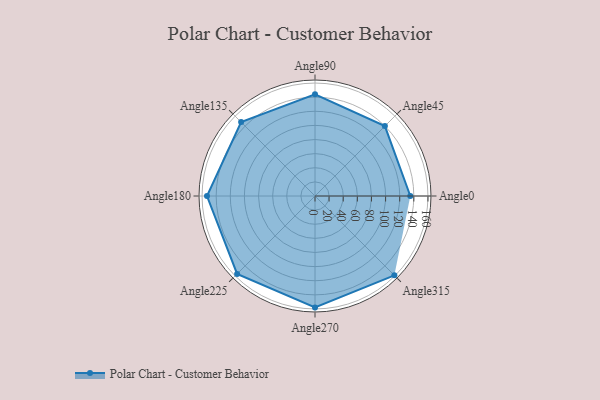
{"axis": {"x": "Angle", "y": "Radius"}, "legend": [""], "data": [{"x": "Angle0", "y": 135.0, "type": ""}, {"x": "Angle45", "y": 140.0, "type": ""}, {"x": "Angle90", "y": 144.0, "type": ""}, {"x": "Angle135", "y": 148.0, "type": ""}, {"x": "Angle180", "y": 153.0, "type": ""}, {"x": "Angle225", "y": 156.0, "type": ""}, {"x": "Angle270", "y": 158.0, "type": ""}, {"x": "Angle315", "y": 159.0, "type": ""}]}